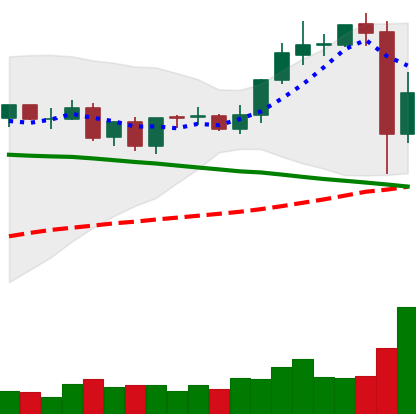
Ticker: TRX-USD
Chart end date: 2021-09-08
Forward return: 12.927%
Label: up_7plus